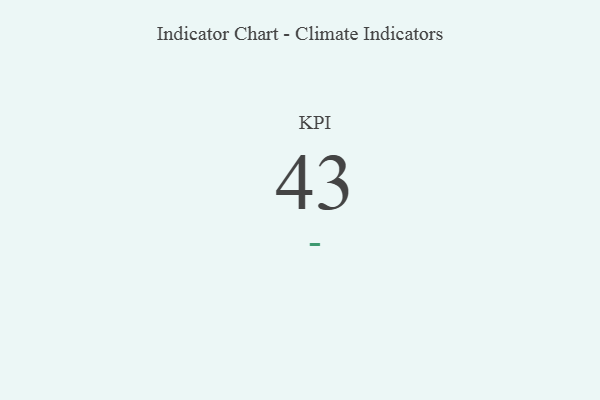
{"axis": {"x": "KPI", "y": "Value"}, "legend": [""], "data": [{"x": "KPI", "y": 43, "type": ""}]}